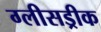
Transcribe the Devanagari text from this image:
ग्लीसड्रीक